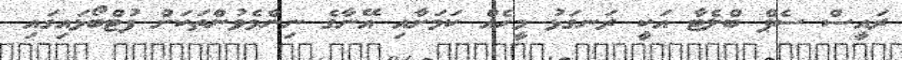
ރައީސް ސެޕް ބްލެޓާ އަކީ ރަނގަޅު މީހެއް ކަމަށާއި އޭނާގެ ނިންމެވުންތަކަށް ފުޓްބޯޅައިގައި